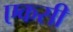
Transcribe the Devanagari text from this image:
एकसी